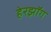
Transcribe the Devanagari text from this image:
हेरझॉग